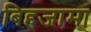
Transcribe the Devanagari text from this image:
बिहजामा